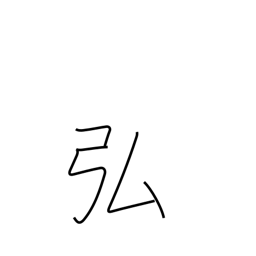
Meaning: vast